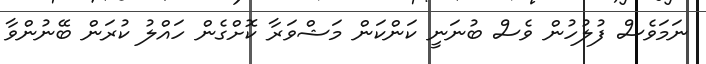
ނަމަވެސް ފުލުހުން ވެސް ބުނަނީ ކަންކަން މަޝްވަރާ ކޮށްގެން ހައްލު ކުރަން ބޭނުންވާ